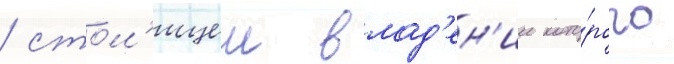
/ стол'ицеи влад'ен'ии кото́рого